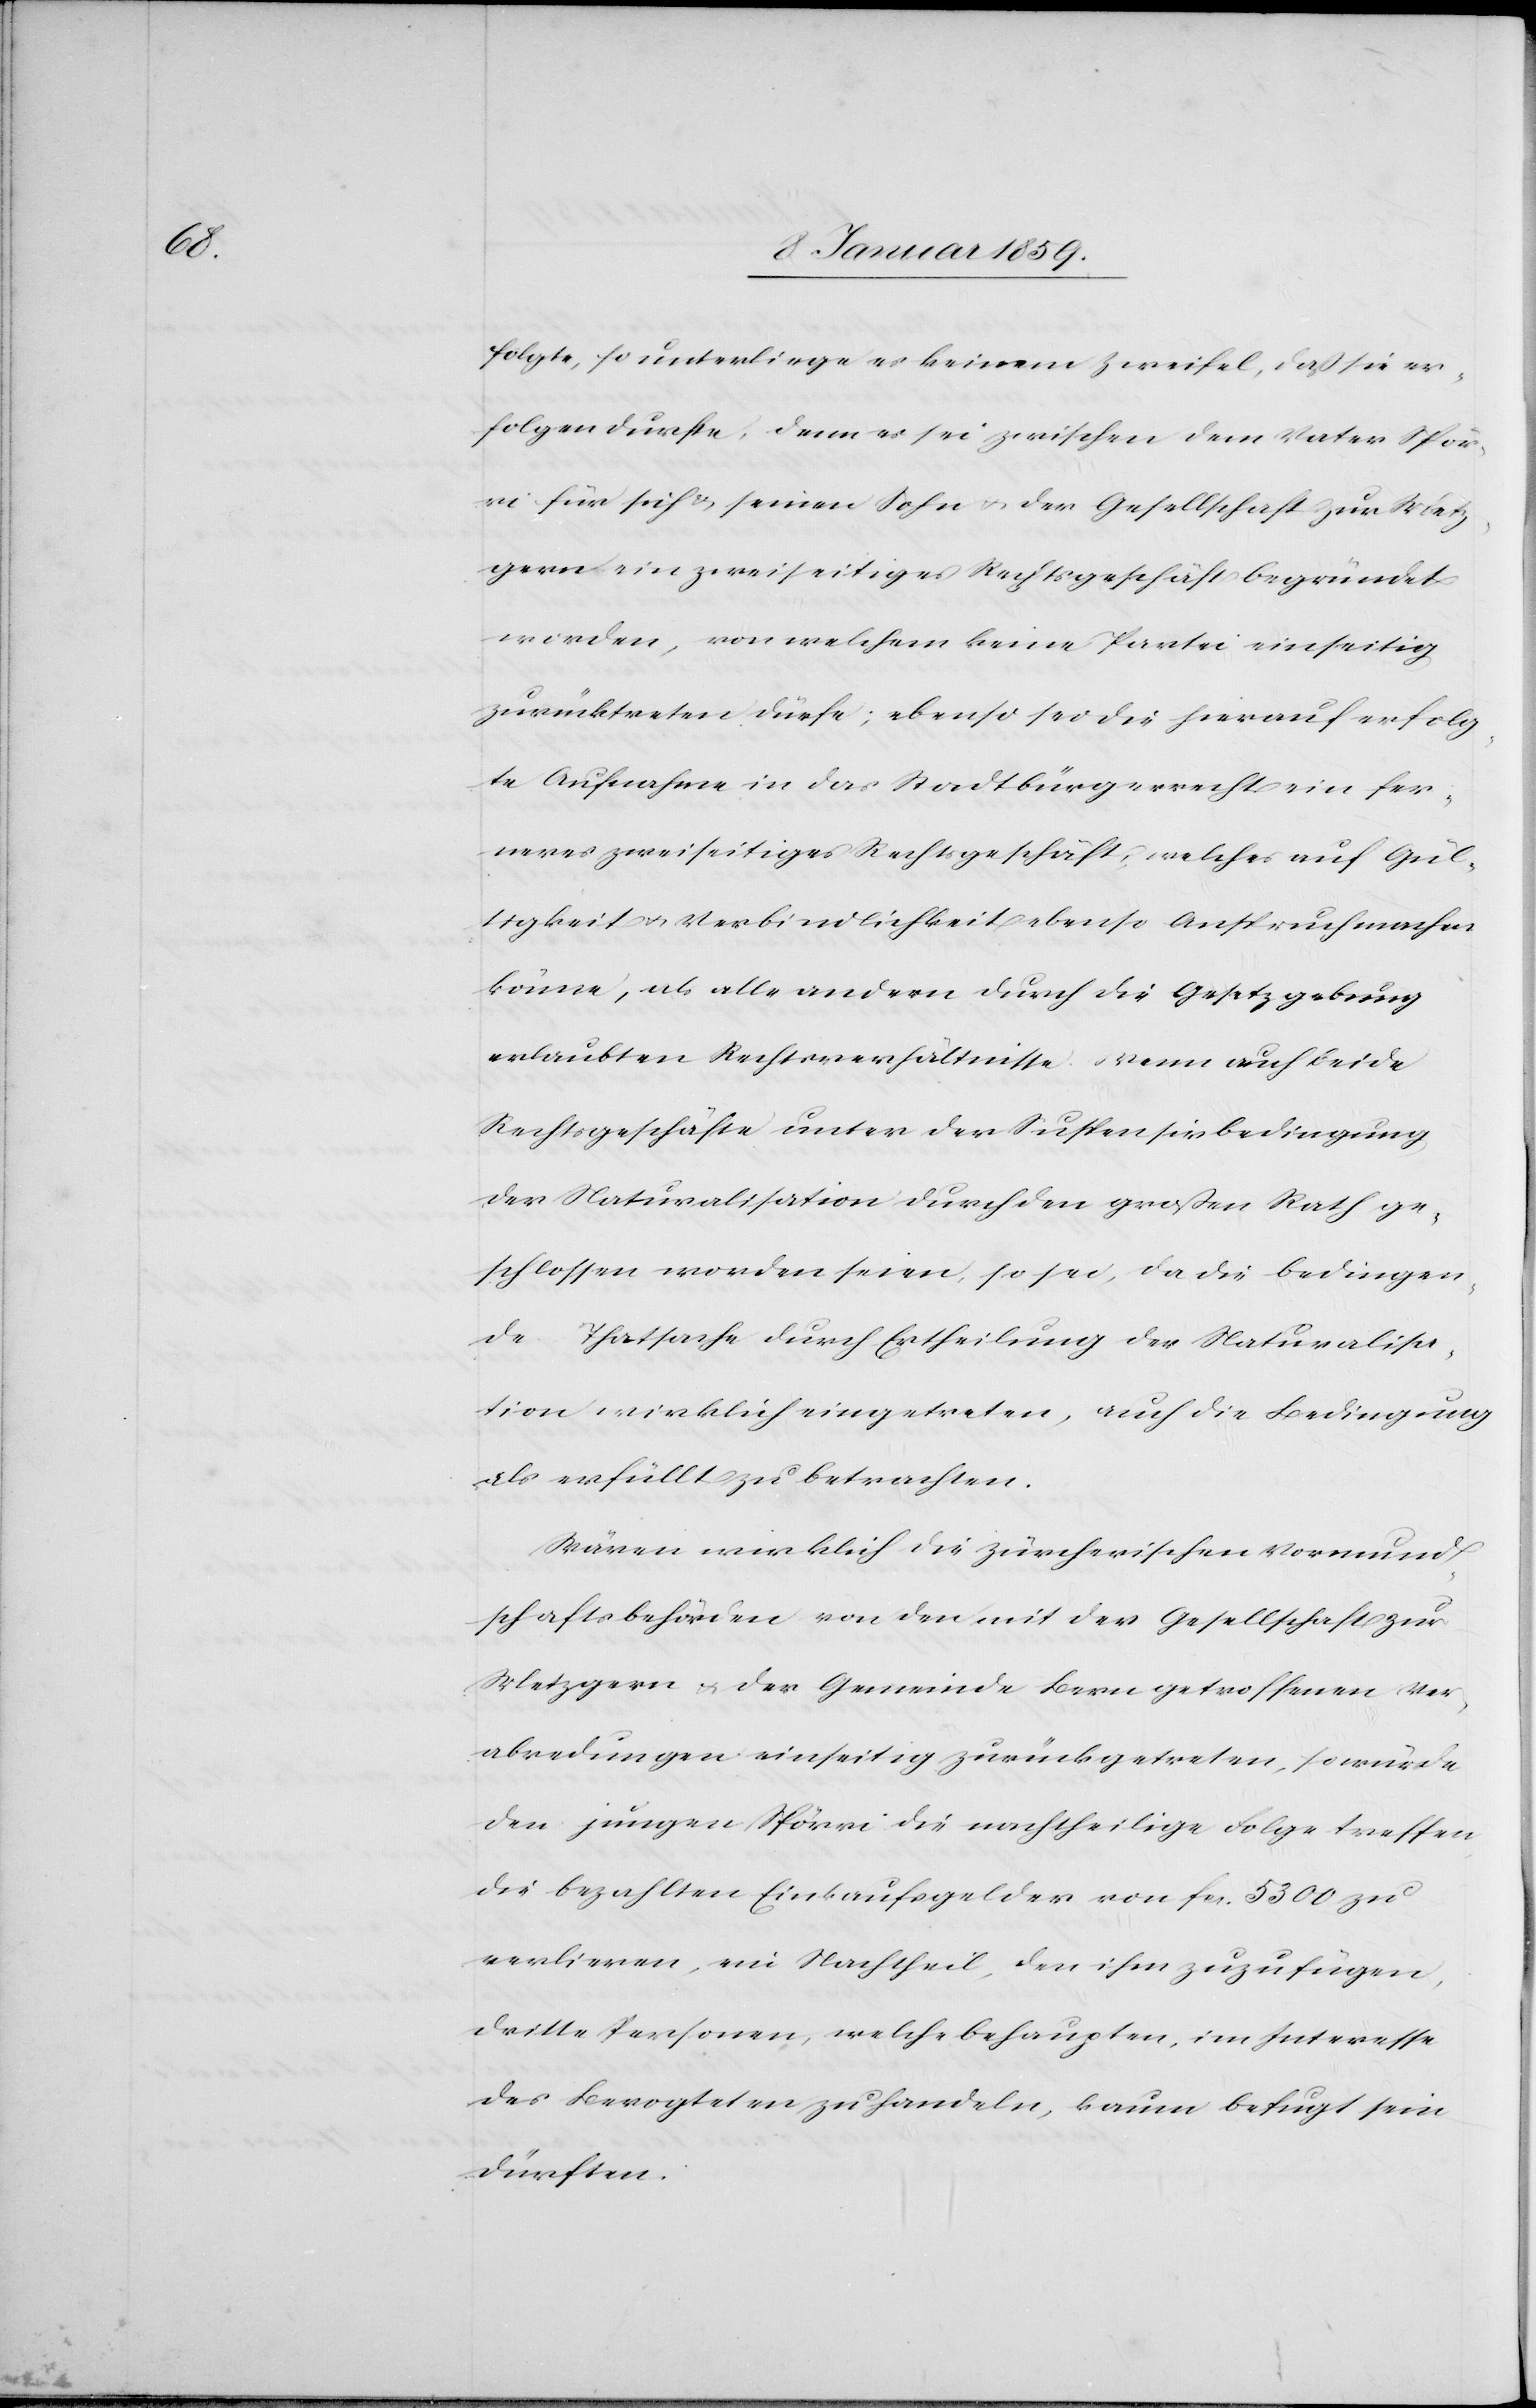
folgte, so unterliege es keinem Zweifel, daß sie er¬
folgen durfte, denn es sei zwischen dem Vater Spör¬
ri für sich & seinen Sohn u. der Gesellschaft zur Metz¬
gern ein zweiseitiges Rechtsgeschäft begründet
worden, von welchem keine Partei einseitig
zurücktreten dürfe; ebenso sei die hierauf erfolg¬
te Aufnahme in das Stadtbürgerrecht ein fer¬
neres zweiseitiges Rechtsgeschäft, welches auf Gül¬
tigkeit u. Verbindlichkeit ebenso Anspruch machen
könne, als alle andern durch die Gesetzgebung
erlaubten Rechtsverhältnisse. Wenn auch beide
Rechtsgeschäfte unter der Suspensivbedingung
der Naturalisation durch den großen Rath ge¬
schlossen worden seien, so sei, da die bedingen¬
de Thatsache durch Ertheilung der Naturalisa¬
tion wirklich eingetreten, auch die Bedingung
als erfüllt zu betrachten.
Wären wirklich die zürcherischen Vormund¬
schaftsbehörden von den mit der Gesellschaft zur
Metzgern u. der Gemeinde Bern getroffenen Ver¬
abredungen einseitig zurückgetreten, so würde
den jungen Spörri die nachtheilige Folge treffen
die bezahlten Einkaufsgelder von fcs. 5300 zu
verlieren, ein Nachtheil, den ihm zuzufügen,
dritte Personen, welche behaupten, im Interesse
des Bevogteten zu handeln, kaum befugt sein
dürfen.